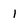
Character: 1